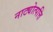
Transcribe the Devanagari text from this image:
नाट्योत्पत्ति